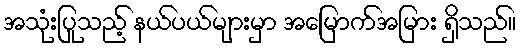
အသုံးပြုသည့် နယ်ပယ်များမှာ အမြောက်အမြား ရှိသည်။